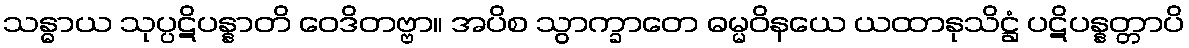
သန္ဓာယ သုပ္ပဋိပန္နာတိ ဝေဒိတဗ္ဗာ။ အပိစ သွာက္ခာတေ ဓမ္မဝိနယေ ယထာနုသိဋ္ဌံ ပဋိပန္နတ္တာပိ